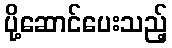
ပို့ဆောင်ပေးသည့်